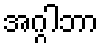
အဂ္ဂါဘာ